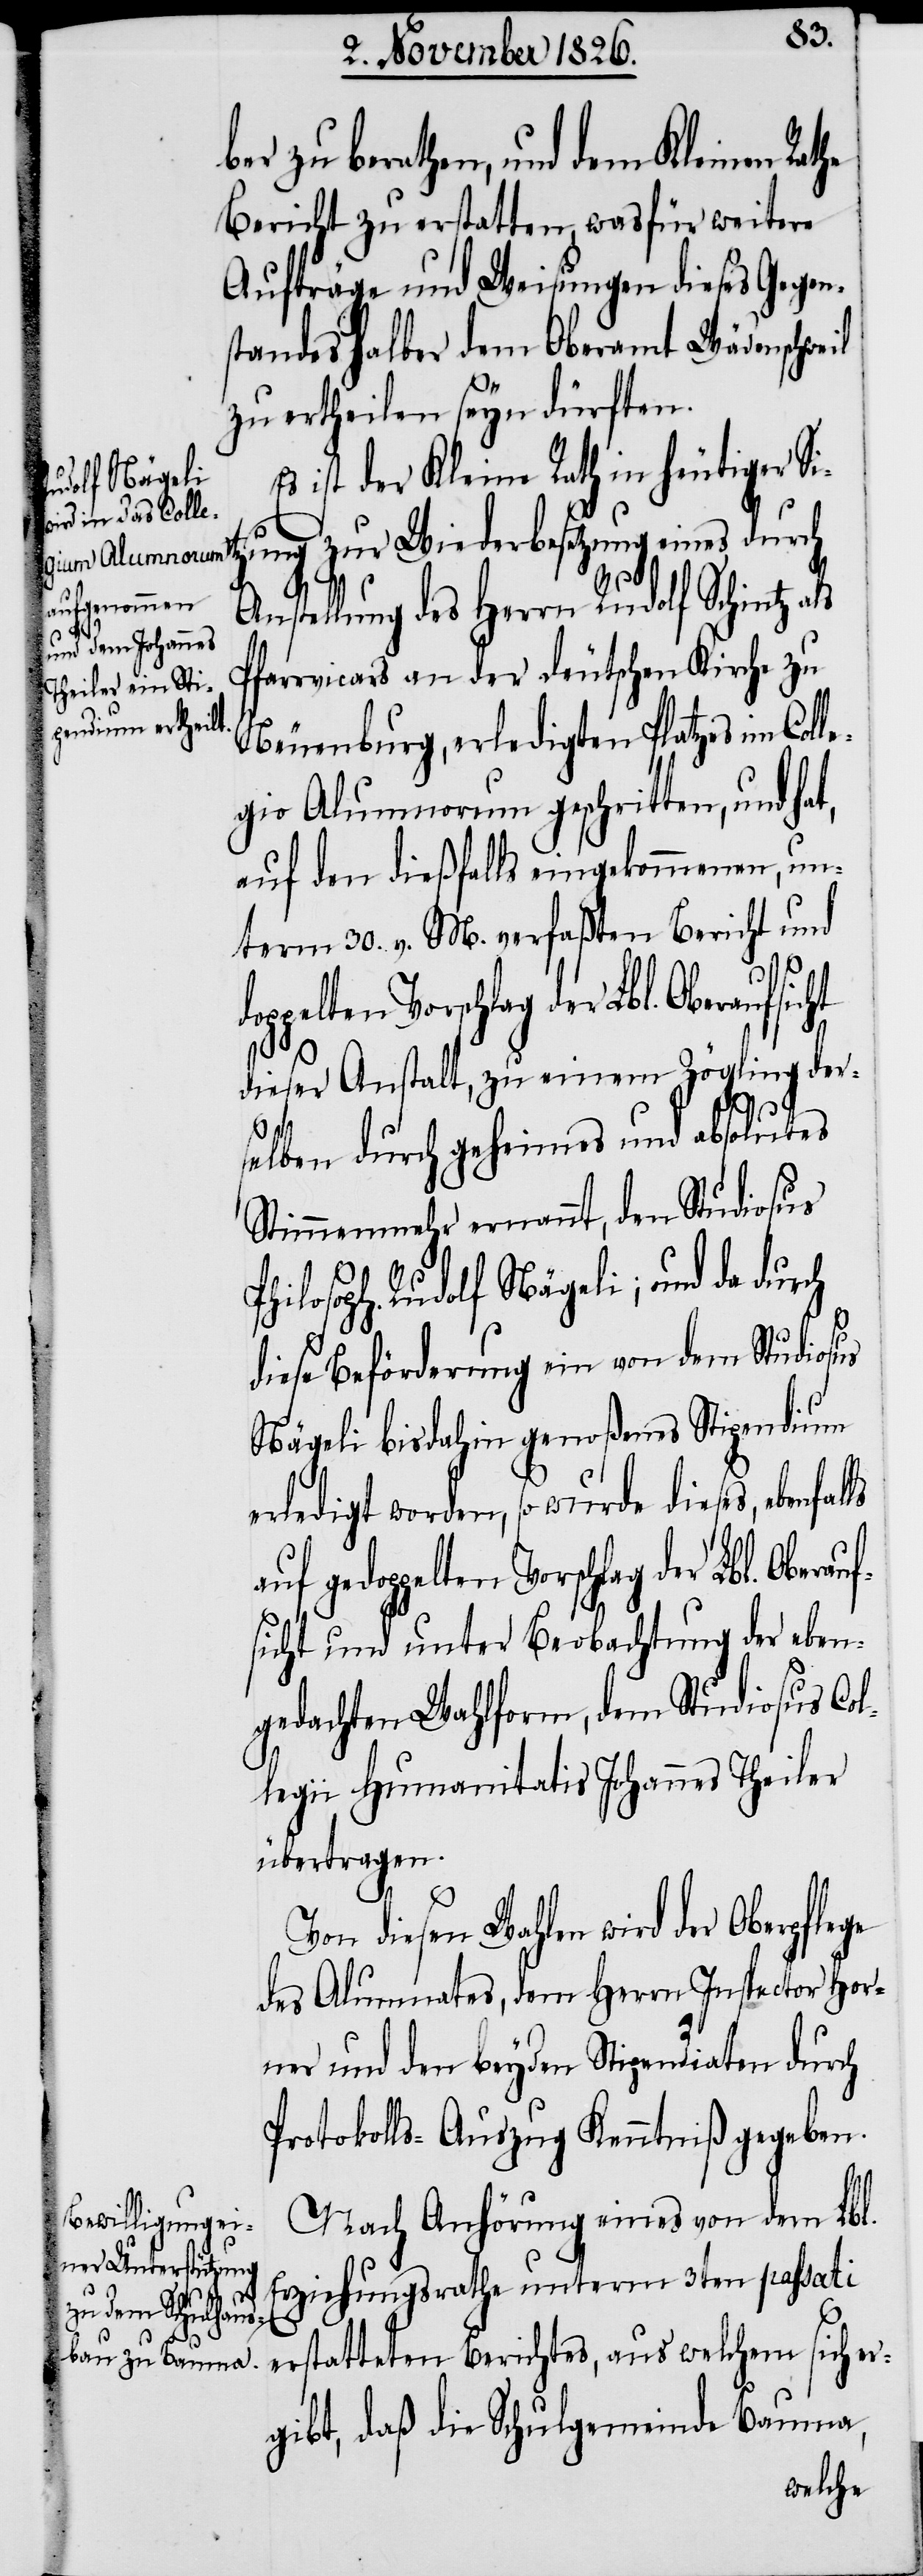
ls

dop¬
ber zu berathen, und dem Kleinen Rathe
Bericht zu erstatten, was für weitere
Aufträge und Weisungen dieses Gegen¬
standes halber dem Oberamt Wädenschwe¬
zu ertheilen seyn dürften.
ist der Kleine Rath in heutiger Si¬
tzung zur Wiederbesetzung eines durch
Anstellung des Herrn Rudolf Schintz als
Pfarrvicars an der deutschen Kirche zu
Neuenburg, erledigten Platzes im Coll¬
egio Alumnorum geschritten, und ha¬
auf den dießfalls eingekommenen, un¬
term 30. v. M. verfaßten Bericht und
pelten Vorschlag der Lbl. Oberauf¬
dieser Anstalt, zu einem Zögling der¬
gedop¬
selben durch geheimes und absolutes
Stimmenmehr ernannt, den Studiosus
Philosoph. Rudolf Nägeli; und da durch
diese Beförderung ein von dem Studiosus
Nägeli bisdahin genoßenes Stipendium
erledigt worden, so wurde dieses, ebenfal¬
sicht und unter Beobachtung der eben¬
gedachten Wahlform, dem Studiosus Col¬
legii Humanitatis Johannes Theiler
übertragen.
Von diesen Wahlen wird der Oberpflege
des Alumnates, dem Herrn Inspector Hor¬
ner und den beyden Stipendiaten durch
Protokolls-Auszug Kenntniß gegeben.
Nach Anhörung eines von dem Lbl.
Erziehungsrathe unterm 3ten passati
erstatteten Berichtes, aus welchem sich er¬
gibt, daß die Schulgemeinde Bauma,